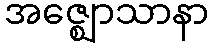
အဇ္ဈောသာနာ